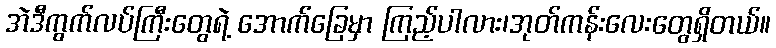
အဲဒီကွက်လပ်ကြီးတွေရဲ့ အောက်ခြေမှာ ကြည့်ပါလား၊အုတ်ကန်းလေးတွေရှိတယ်။